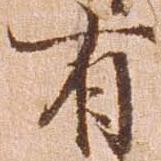
有